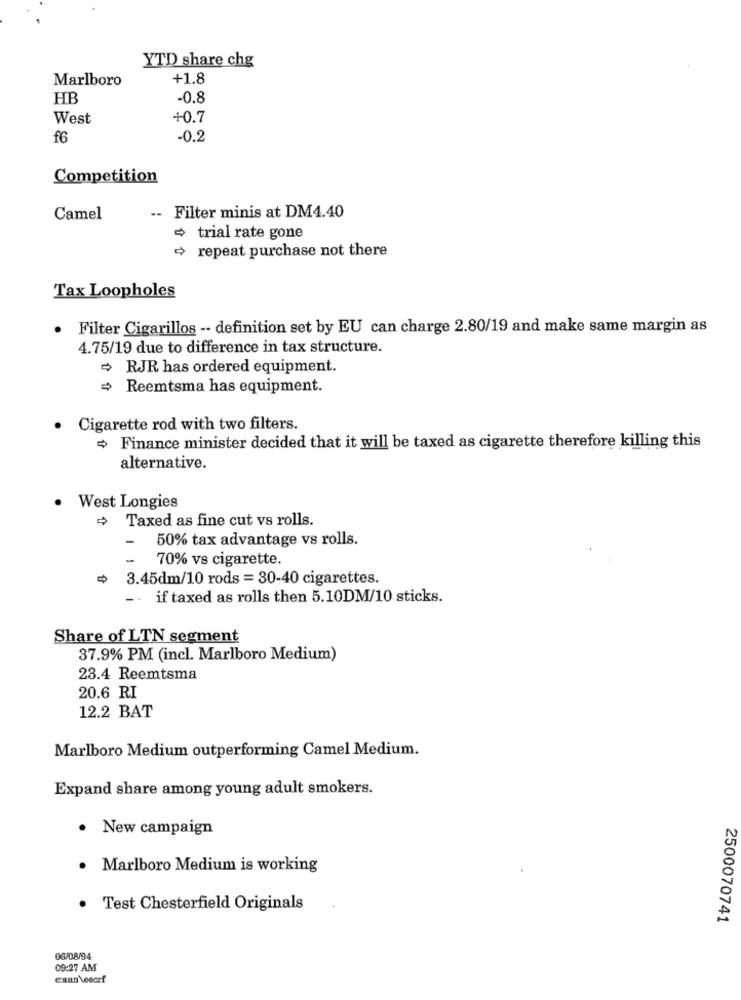
YTD share chg
Marlboro
+1.8
HB
-0.8
West
+0.7
f6
-0.2
Competition
Camel
-- Filter minis at DM4.40
trial rate gone
+ repeat purchase not there
Tax Loopholes
· Filter Cigarillos -- definition set by EU can charge 2.80/19 and make same margin as
4.75/19 due to difference in tax structure.
RJR has ordered equipment.
Reemtsma has equipment.
Cigarette rod with two filters.
Finance minister decided that it will be taxed as cigarette therefore killing this
alternative.
· West Longies
+ Taxed as fine cut vs rolls.
-
50% tax advantage vs rolls.
70% vs cigarette.
3.45dm/10 rods = 30-40 cigarettes.
-.
if taxed as rolls then 5.10DM/10 sticks.
Share of LTN segment
37.9% PM (incl. Marlboro Medium)
23.4 Reemtsma
20.6 RI
12.2 BAT
Marlboro Medium outperforming Camel Medium.
Expand share among young adult smokers.
· New campaign
· Marlboro Medium is working
Test Chesterfield Originals
2500070741
06/08/94
09:27 AM
cann veeorf